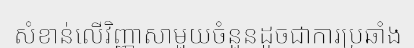
សំខាន់លើវិញ្ញាសាមួយចំនួនដូចជាការប្រឆាំង